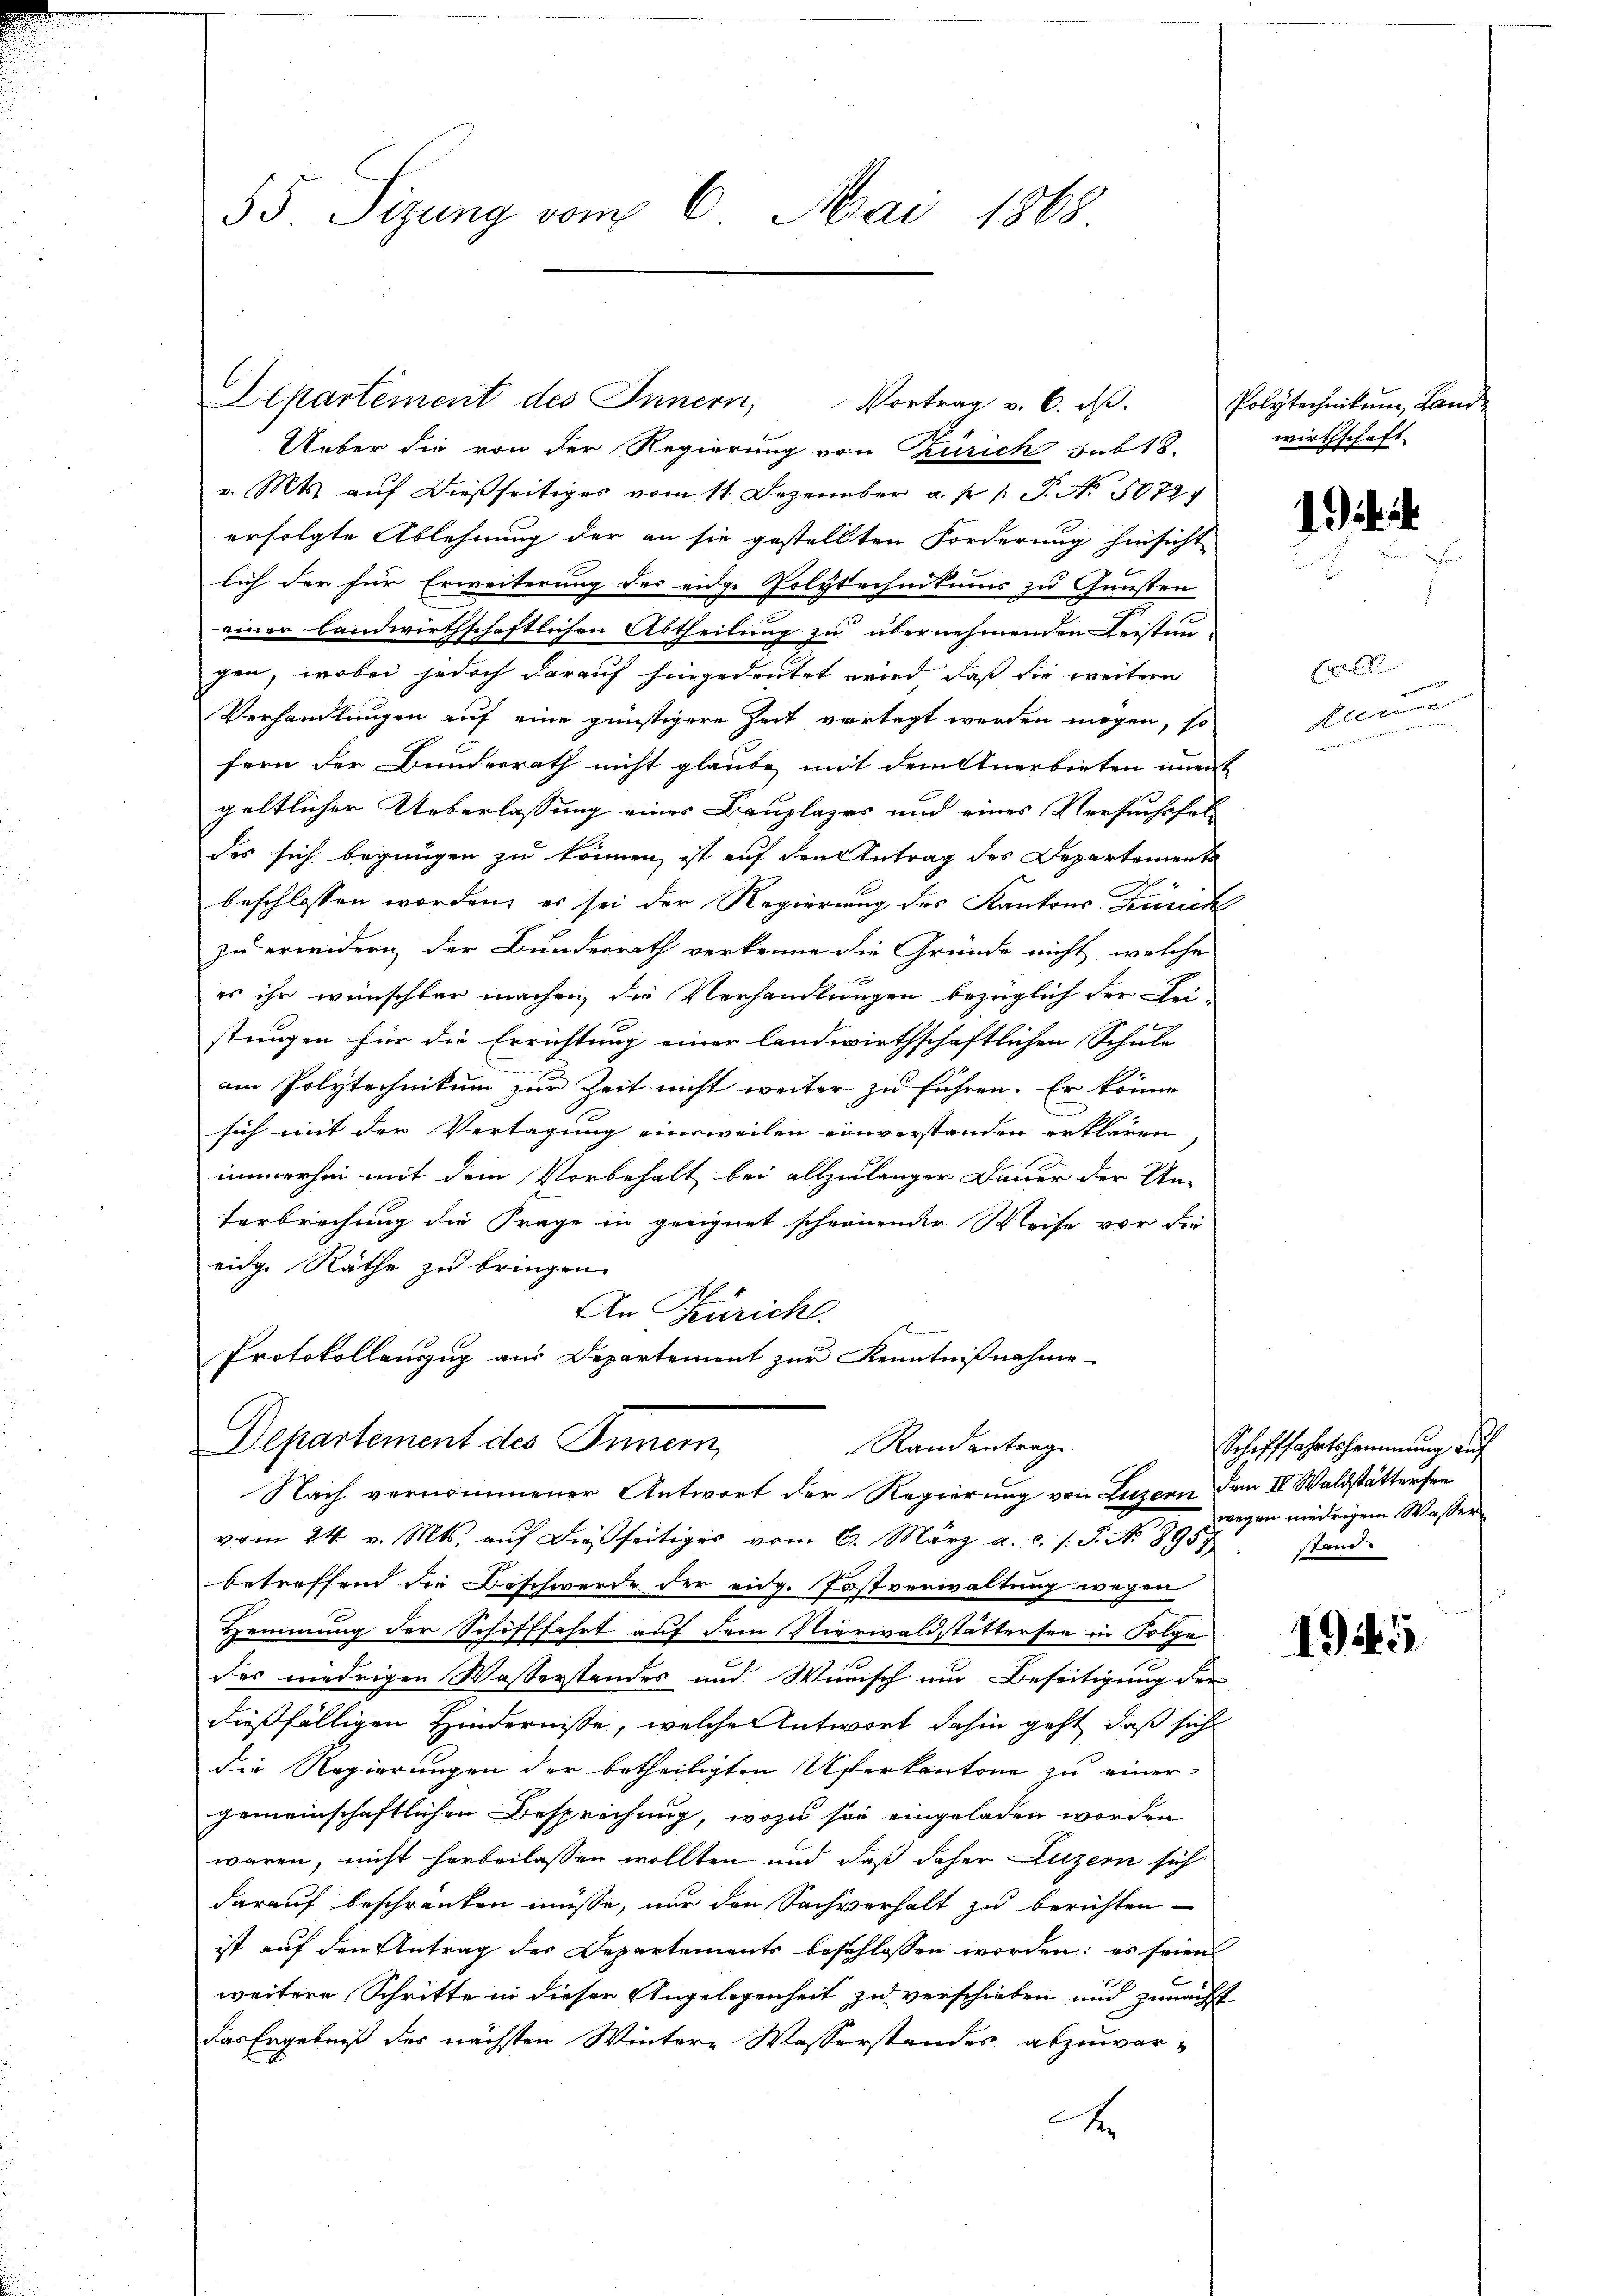
55. Sizung vom 6. Mai 1868

Departement des Innern, Vortrag v. 6. dβ.

Ueber die von der Regierung von Zürich sub 18.
v. Mts. auf dießseitiges vom 11. Dezember a. p. /: P. Nr. 5072)
erfolgte Ablehnung der an sie gestellten Forderung hinsicht
lich der für Erweiterung des eidge Polytechnikums zu Gunsten
einer landwirthschaftlichen Abtheilung zu übernehmenden Leistun
gen, wobei jedoch darauf hingedeutet wird, daß die weitern
Verhandlungen auf eine günstigere Zeit vertagt werden mögen, so
fern der Bunderrath nicht glaube mit dem Anerbieten unent
geltlicher Ueberlassung eines Bauplazes und eines Versuchsfeldes sich begnügen zu können, ist auf den Antrag des Departement
beschlossen worden, es sei der Regierung des Kantons Zürich
zu erwidern der Bundesrath verkenne die Gründe nicht, welche
es ihr wünschter machen, die Verhandlungen bezüglich der Bei-
stungen für die Errichtung einer landwirthschaftlichen Schule
am Polytechnikum zur Zeit nicht weiter zu führen. Er könne
sich mit der Vertagung einsweilen einverstanden erklären
immerhin mit dem Vorbehalt bei allzulanger Dauer der Unterbrechung die Frage in geeignet scheinender Weise vor die
eide Räthe zu bringen.
An Zürich.
Protokollauszug aus Departement zur Kenntnißnahme
Departement des Innern,
Rand antrage
Nach vernommener Antwort der Regierung von Luzern dem II. Waldstättersee
vom 24. v. Mts. auf dießseitiges vom 6. März a.c. s. S. No 8957 stand
betreffend die Beschwerde der eidg. Postverwaltung wegen
Hemmung der Schifffahrt auf dem Nierwaldstättersee in Folge-
c
des niedrigen Wasserstandes und Wurisch um Beseitigung der
dießfälligen Hindernisse, welche Antwort dahin geht, daß sich
die Regierungen der betheiligten Uferkantone zu einer
gemeinschaftlichen Besprechung, wozu sei eingeladen worden
waren, nicht herbeilassen wollten und daß daher Luzern sich
darauf beschranken müsse, nur den Sachverhalt zu berichten
ist auf den Antrag des Departements beschlossen worden; es seien

weitere Schritte in dieser Angelegenheit zu verschieben und zunächst
das Ergebniß des nächsten Wintere Wasserstandes abzuwar-
x

Polytechnikum, Landwirthschaft

E

Plerner

Schifffahrtshammung auf
wegen niedrigem Wasser

1945